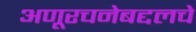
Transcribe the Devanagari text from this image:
अणूरचनेबद्दलचे